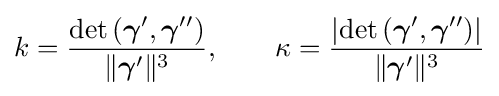
k={\frac {\det \left({\boldsymbol {\gamma }}',{\boldsymbol {\gamma }}''\right)}{\|{\boldsymbol {\gamma }}'\|^{3}}},\qquad \kappa ={\frac {\left|\det \left({\boldsymbol {\gamma }}',{\boldsymbol {\gamma }}''\right)\right|}{\|{\boldsymbol {\gamma }}'\|^{3}}}